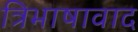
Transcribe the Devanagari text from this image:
त्रिभाषावाद